Vaccination in Bombay 1902-1912 - 1902-1912
Year: 1902
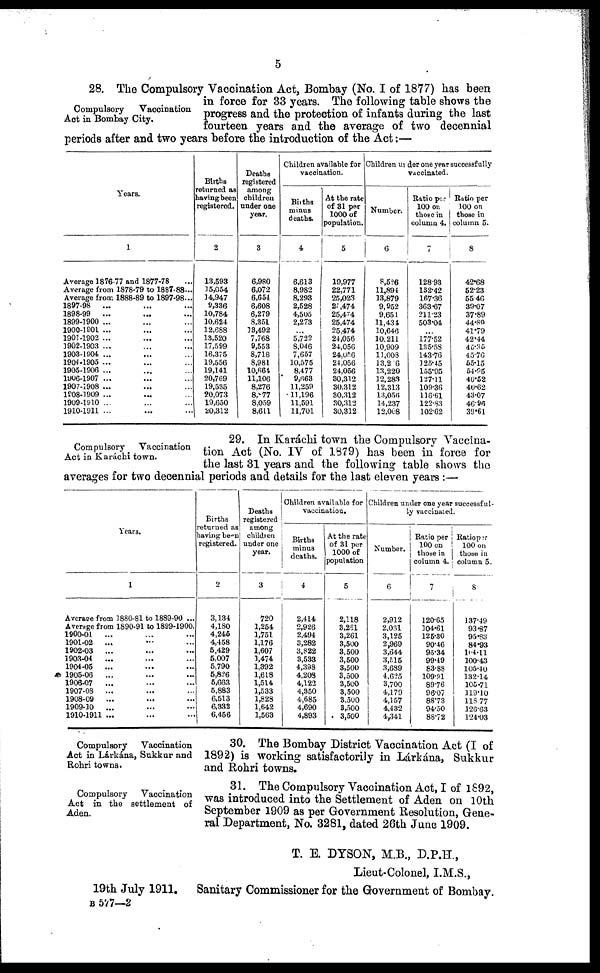
5
Compulsory
Vaccination
Act in Bombay City.
28. The Compulsory Vaccination Act, Bombay (No. I of 1877) has been
in force for 33 years. The following table shows the
progress and the protection of infants during the last
fourteen years and the average of two decennial
periods after and two years before the introduction of the Act:—
Years.
1
Average 1876-77 and 1877-78 ...
Average from 1878-79 to 1887-88...
Average from 1888-89 to 1897-98...
1897-98 ... ... ...
1898-99
... ... ...
1899-1900 ... ... ...
1900-1901 ... ... ...
1901-1902 ... ... ...
1902-1903 ... ... ...
1903-1904 ... ... ...
1904-1905 ... ... ...
1905-1906 ... ... ...
1906-1907 ... ... ...
1907-1908 ... ... ...
1908-1909 ... ... ...
1909-1910 ... ... ...
1910-1911 ... ... ...
Births
returned as
having been
registered.
2
13,593
15,054
14,947
9,336
10,784
10,624
12,688
13,520
17,599
16,375
19,556
19,141
20,769
19,535
20,073
19,650
20,312
Deaths
registered
among
children
under one
year.
3
6,980
6,072
6,654
6,608
6,279
8,351
13,492
7,768
9,553
8,718
8,981
10,664
11,106
8,276
8,877
8,059
8,611
Children available for
vaccination.
Births
minus
deaths.
4
6,613
8,982
8,293
2,528
4,505
2,273
...
5,722
8,046
7,657
10,575
8,477
9,663
11,259
11,196
11,591
11,701
At the rate
of 81 per
1000 of
population.
5
19,977
22,771
25,023
25,474
25,474
25,474
25,474
24,056
24,056
24,056
24,056
24,056
30,312
30,312
30,312
30,312
30,312
Children under one year successfully
vaccinated.
Number.
6
8,526
11,894
13,879
9,952
9,651
11,434
10,646
10,211
10,909
11,008
13,216
13,220
12,283
12,313
13,056
14,237
12,008
Ratio per
100 on
those in
column 4.
7
128.93
132.42
167.36
363.67
211.23
503.04
...
177.52
135.58
143.76
125.15
155.95
127.11
109.36
116.61
122.83
102.62
Ratio per
100 on
those in
column 5.
8
42.68
52.23
55.46
39.07
37.89
44.89
41.79
42.44
45.35
45.76
55.15
54.95
40.52
40.62
43.07
46.96
39.61
Compulsory
Vaccination
Act in Karáchi town.
29. In Karáchi town the Compulsory Vaccina-
tion Act (No. IV of 1879) has been in force for
the last 31 years and the following table shows the
averages for two decennial periods and details for the last eleven years :—
Years.
1
Average from 1880-81 to 1889-90 ...
Average from 1890-91 to 1899-1900.
1900-01 ... ... ...
1901-02 ... ... ...
1902-03 ... ... ...
1903-04 ... ... ...
1904-05 ... ... ...
1905-06 ... ... ...
1906-07 ... ... ...
1907-08 ... ... ...
1908-09 ... ... ...
1909-10 ... ... ...
1910-1911 ... ... ...
Births
returned as
having been
registered.
2
3,134
4,180
4,245
4,458
5,429
5,007
5,790
5,826
5,663
5,883
6,513
6,332
6,456
Deaths
registered
among
children
under one
year.
3
720
1,254
1,751
1,176
1,607
1,474
1,392
1,618
1,514
1,533
1,828
1,642
1,563
Children available for
vaccination.
Births
minus
deaths.
4
2,414
2,926
2,494
3,282
3,822
3,533
4,398
4,208
4,122
4,350
4,685
4,690
4,893
At the rate
of 31 per
1000 of
population
5
2,118
3,261
3,261
3,500
3,500
3,500
3,500
3,500
3,500
3,500
3,500
3,500
3,500
Children under one year successful-
ly vaccinated.
Number.
6
2,912
2,061
3,125
2,969
3,644
3,515
3,689
4,625
3,700
4,179
4,157
4,432
4,341
Ratio per
100 on
those in
column 4.
7
120.65
104.61
125.30
90.46
95.34
99.49
83.88
109.91
89.76
96.07
88.73
94.50
88.72
Ratio per
100 on
those in
column 5.
8
137.49
93.87
95.83
84.93
104.11
100.43
105.40
132.14
105.71
119.10
118.77
126.63
124.03
Compulsory
Vaccination
Act in Lárkána, Sukkur and
Rohri towns.
30. The Bombay District Vaccination Act (I of
1892) is working satisfactorily in Lárkána, Sukkur
and Rohri towns.
Compulsory
Vaccination
Act in the settlement of
Aden.
31. The Compulsory Vaccination Act, I of 1892,
was introduced into the Settlement of Aden on 10th
September 1909 as per Government Resolution, Gene-
ral Department, No. 3281, dated 26th June 1909.
T. E. DYSON, M.B., D.P.H.,
Lieut-Colonel, I.M.S.,
19th July 1911. Sanitary Commissioner for the Government of Bombay.
B 577—2